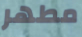
مطهر